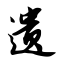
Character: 遗